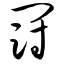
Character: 冠